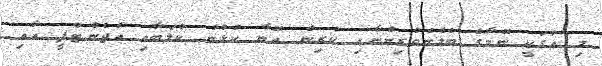
މި އަގަކީ ނޭމާގެ ބެލެނެވެރިންނާއި ކުރިން އޭނާ ކުޅުނު ކުލަބާއި އެޖެންޓްފީ އާއި